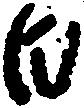
日